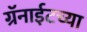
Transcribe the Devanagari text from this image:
ग्रॅनाईटच्या